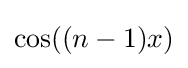
\cos((n-1)x)